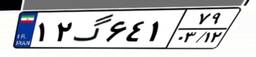
۷۳گ۷۹۷۸۳